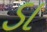
ડા